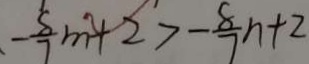
- \frac { 8 } { 7 } m + 2 > - \frac { 8 } { 7 } n + 2